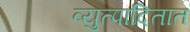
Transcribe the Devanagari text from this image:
व्युत्पादितात